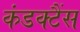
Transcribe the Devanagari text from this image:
कंडक्टैंस